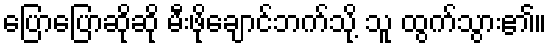
ပြောပြောဆိုဆို မီးဖိုချောင်ဘက်သို့ သူ ထွက်သွား၏။